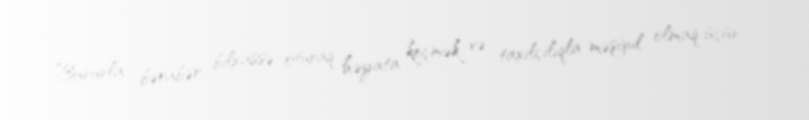
Bununla bərabər bilxassə oturaq həyata keçmək və taxılçılıqla məşğul olmaq üçün